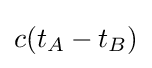
c(t_{A}-t_{B})